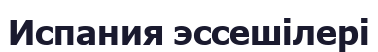
Испания эссешілері